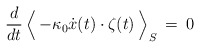
\begin{align*}\frac{d}{dt} \, \Bigl < \> - \kappa_0 \dot x(t) \cdot \zeta(t) \> \Bigr >_S \> = \>0\end{align*}